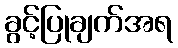
ခွင့်ပြုချက်အရ